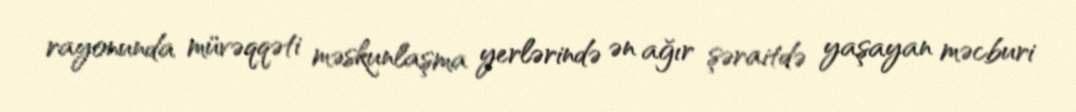
rayonunda müvəqqəti məskunlaşma yerlərində ən ağır şəraitdə yaşayan məcburi